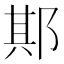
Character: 𨛺